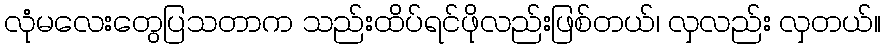
လုံမလေးတွေပြသတာက သည်းထိပ်ရင်ဖိုလည်းဖြစ်တယ်၊ လှလည်း လှတယ်။